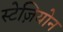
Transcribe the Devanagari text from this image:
स्टेज़ियोन